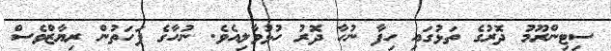
ސިޓިންރޫމު ދޮރުގެ ތަޅުގައި ހިފާ ނުހާ ދޮރު ހުޅުވާލިއެވެ. ނުހާގެ ފަހަތުން ރިޔާޒްވެސް